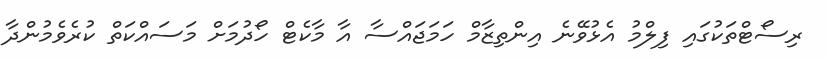
ރިސޯޓްތަކުގައި ފިލްމު އެޅުވޭނެ އިންތިޒާމް ހަމަޖައްސާ އާ މާކެޓް ހޯދުމަށް މަސައްކަތް ކުރެވެމުންދާ